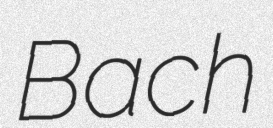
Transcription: Bach